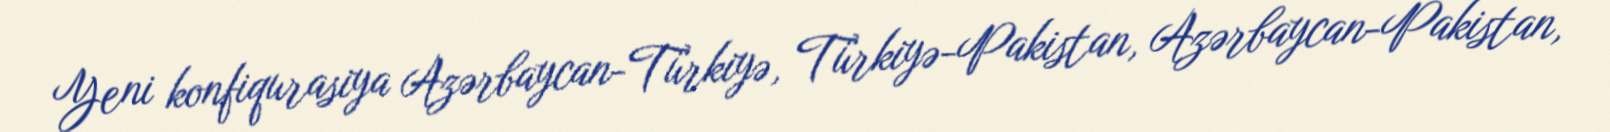
Yeni konfiqurasiya Azərbaycan-Türkiyə, Türkiyə-Pakistan, Azərbaycan-Pakistan,